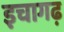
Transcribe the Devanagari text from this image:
इचागढ़